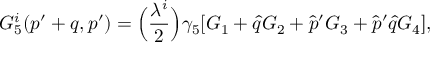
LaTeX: G _ { 5 } ^ { i } ( p ^ { \prime } + q , p ^ { \prime } ) = \Bigl ( { \frac { \lambda ^ { i } } { 2 } } \Bigr ) \gamma _ { 5 } [ G _ { 1 } + \hat { q } G _ { 2 } + \hat { p } ^ { \prime } G _ { 3 } + \hat { p } ^ { \prime } \hat { q } G _ { 4 } ] ,